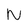
Character: N